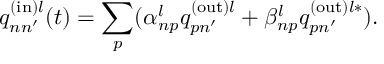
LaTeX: q _ { n n ^ { \prime } } ^ { \mathrm { ( i n ) } l } ( t ) = \sum _ { p } ( \alpha _ { n p } ^ { l } q _ { p n ^ { \prime } } ^ { \mathrm { ( o u t ) } l } + \beta _ { n p } ^ { l } q _ { p n ^ { \prime } } ^ { \mathrm { ( o u t ) } l \ast } ) .